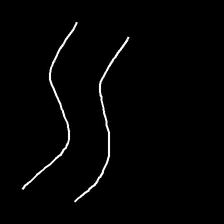
Glyph: float